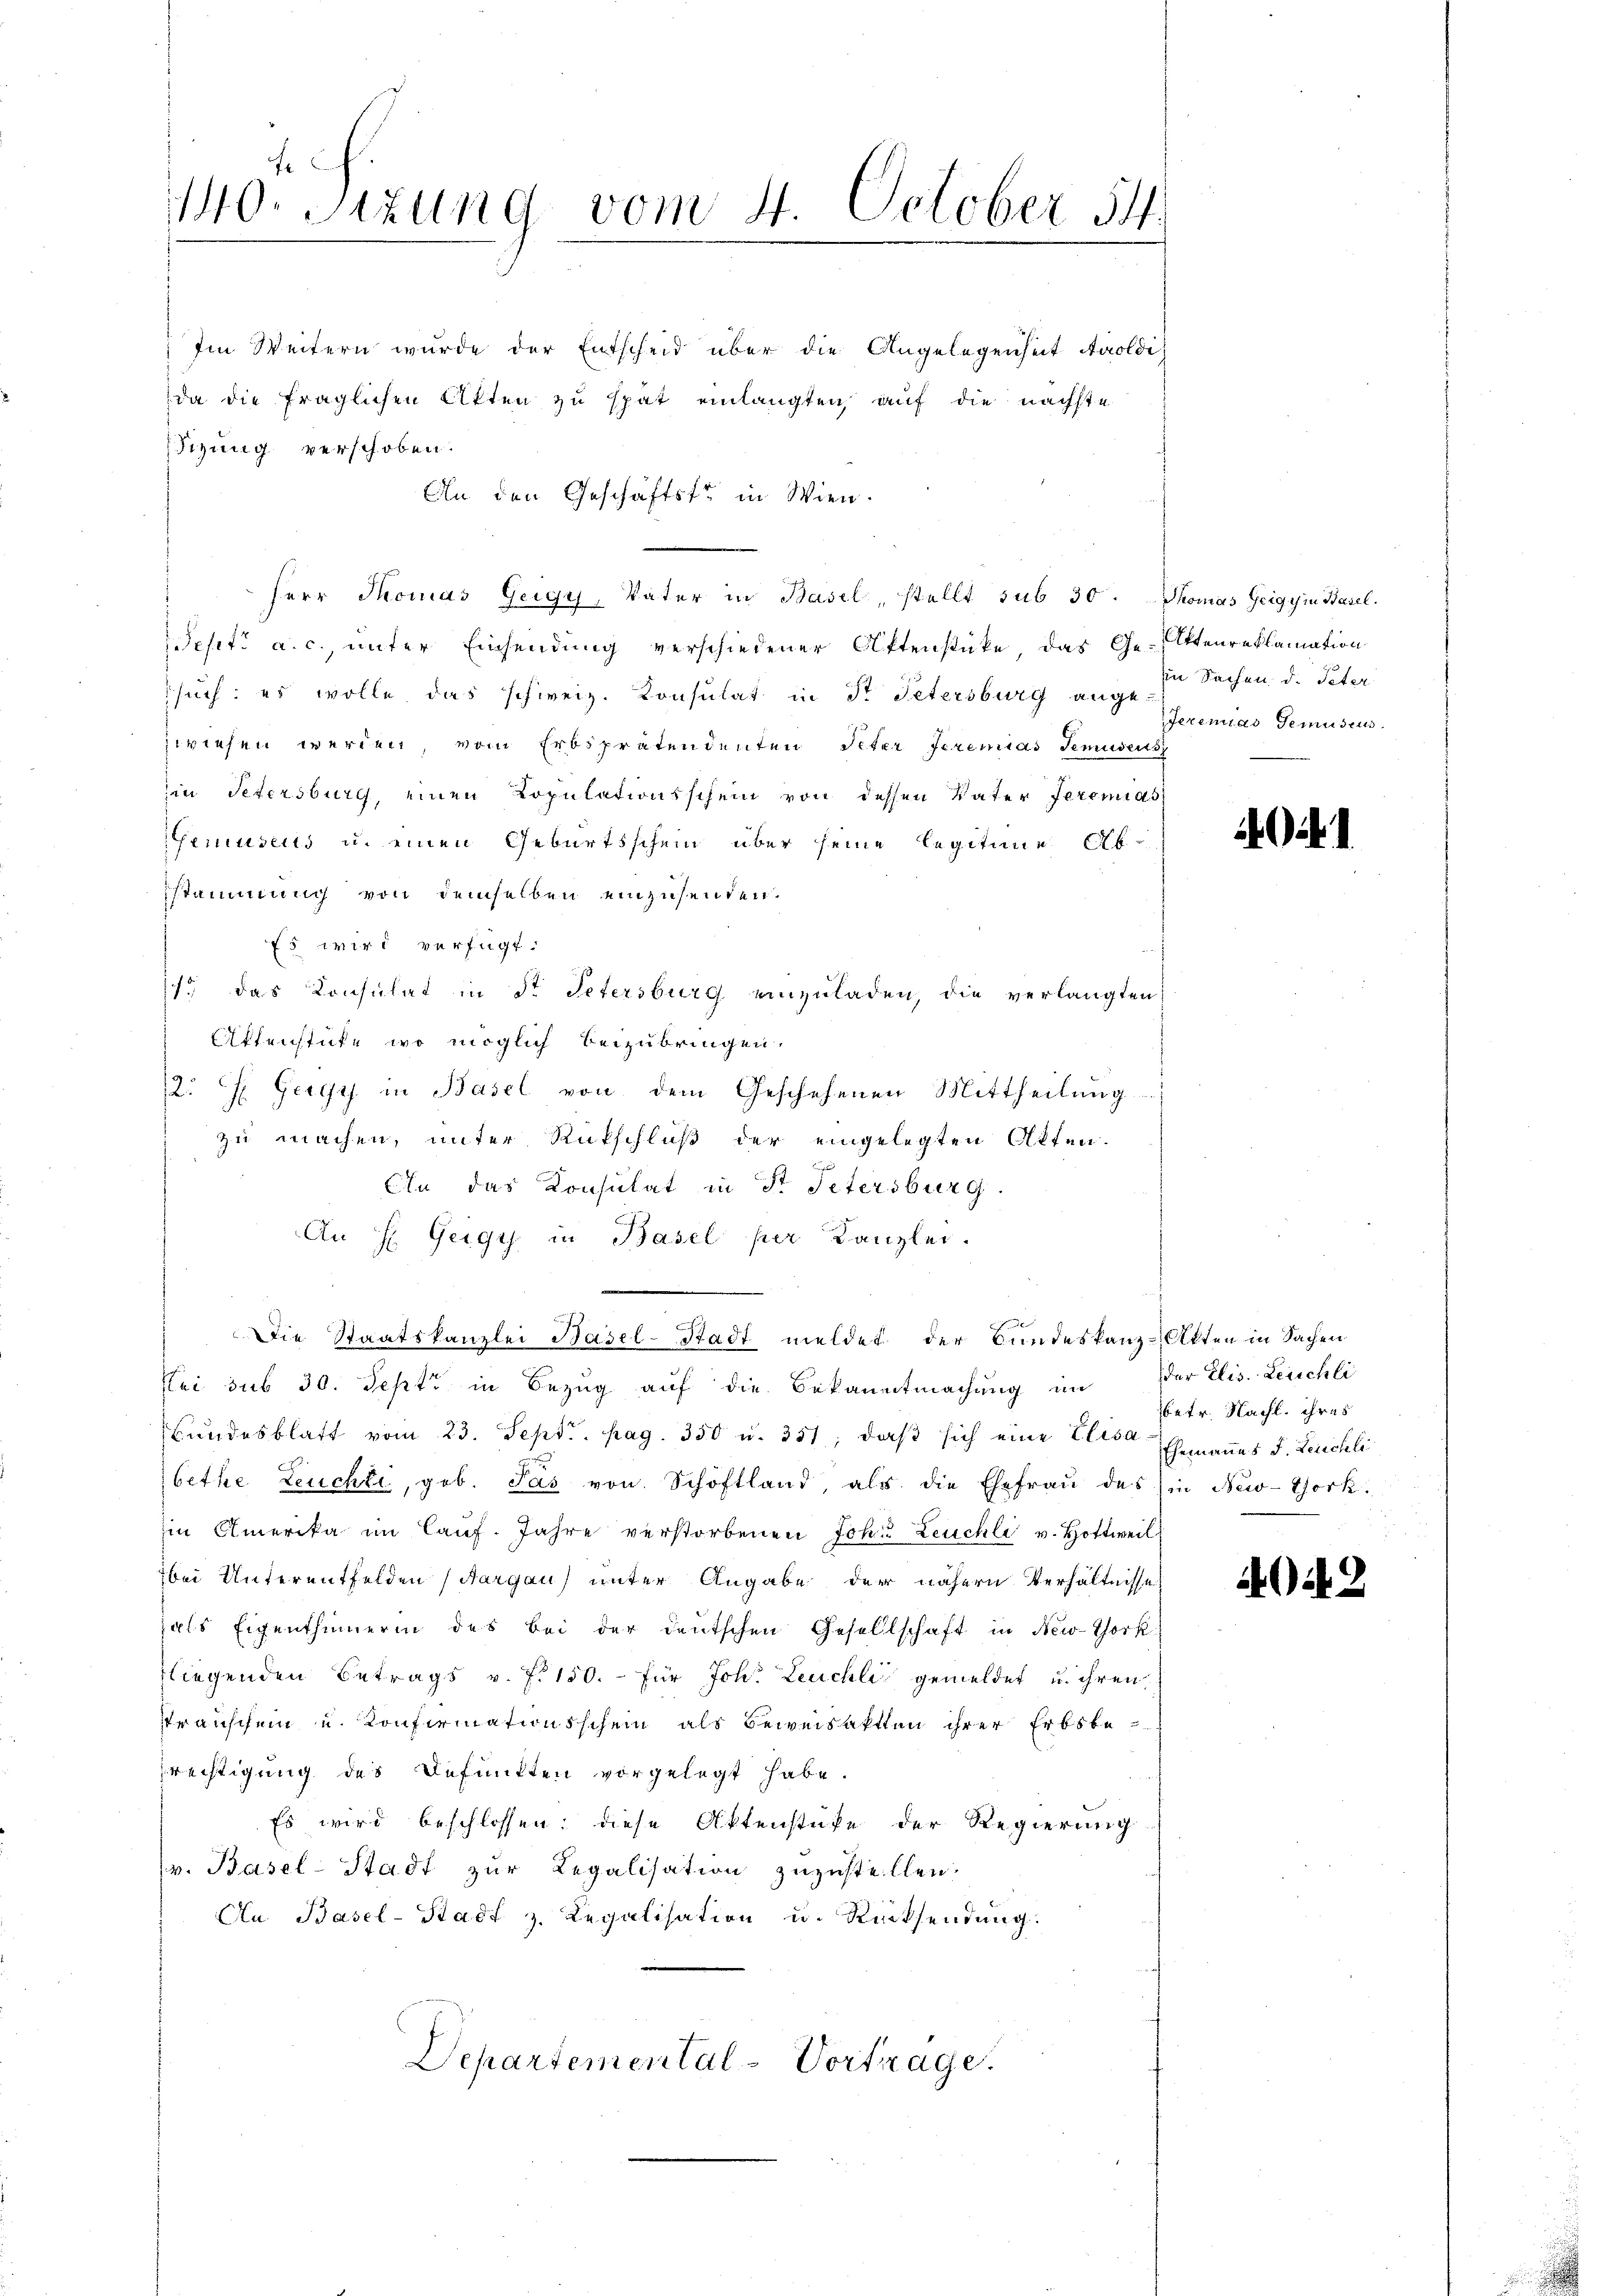
140. Sizung vom 4. October 54.

da die fraglichen Akten zu spät einlangten, auf die nächste
dizung verschoben.
An den Geschäftste in Wien.
Herr Thomas Geigy, Vater in Basel, stellt sub 30. Thomas Zeigyin Basel.
epiti a. c., unter Einsendung verschiedener Aktenstücke, das Ge-Itenreklamation
such: es wolle, das schweiz. Konsulat in St. Petersburg ange
zwiesen werden, vom Erbsprätendenten Peter Jeremias Temuseus
in Petersburg, einen Kopulationsschein von dessen Vater Jeremias
Gemuseus u. einen Geburtsschein über seine Legitime Abstammung von demselben einzusenden.
Es wird verfügt:
1. das Konsulat in St. Petersburg einzuladen, die verlangten
Affenstute, wo möglich beizubringen.
12. F. Gegy in Basel von dem Geschehenen Mittheilung
zu machen, unter Rutschluß der eingelegten Akten.
An das Konsulat in Fr. Petersburg.
An H. Zeigy in Basel per Kanzlei.
Die Staatskanzlei Basel-Stadt meldet der Bundeskanz-Akten in Sachen
Loi sub 30. Sept. in Bezug auf die Bekanntmachung an
Bundesblatt vom 23. Sept. pag. 350 u. 351, daβ sich eine Elisa Ehemannes J. Leuchli
bethe Leuchte, geb. Pas von Schöftland als die Ehefraŭ des (in New-York.
im Amerika im laŭf. Jahre verstorbenen Joh. Leuchli v. Hottweil
bei Unterentfelden (Aargau) unter Angabe der nähern Verhältnisse
hals Eigenthümerin des bei der deutschen Gesellschaft in New-York
fliegenden Betrags v. 7. 150.- für Joh. Leuchli gemeldet u. ihren
transchein u. Konfirmationsschein als Beweisattten ihrer Erbsbe-
rechtigung des Befunkten vorgelegt habe.
Es wird beschlossen; diese Aktenstücke der Regierung
v. Basel-Stadt zur Regalisation zuzustellen.
An Basel-Stadt z. Regalisation u. Rücksendung.
Departemental-Vortrage.

Im Weitern wurde der Entscheid über die Angelegenheit Auoldi

iin Sachen d. Peter
ferenias Gemuseus

a

der Elis. Leuchli
betr. Nachl. ihres

43